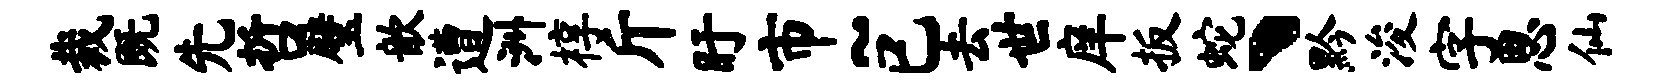
裁既先哲璧歆遭洲椁斤盱市~已去世庠扳蛇丶黔浚字思仙